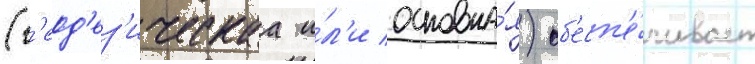
(г'еод'ез'ическаа и́л'и основна́я) об'есп'е́чивает